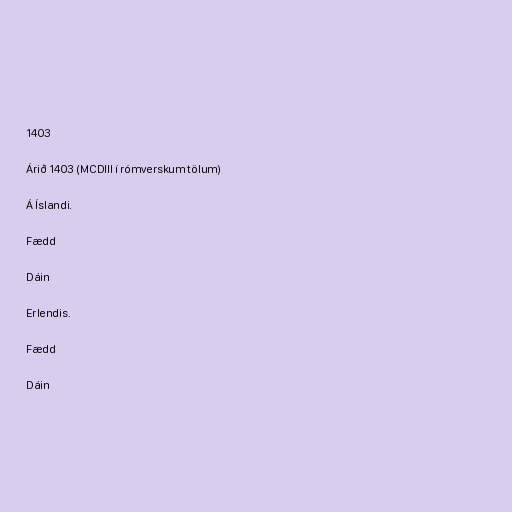
1403

Árið 1403 (MCDIII í rómverskum tölum)

Á Íslandi.

Fædd

Dáin

Erlendis.

Fædd

Dáin